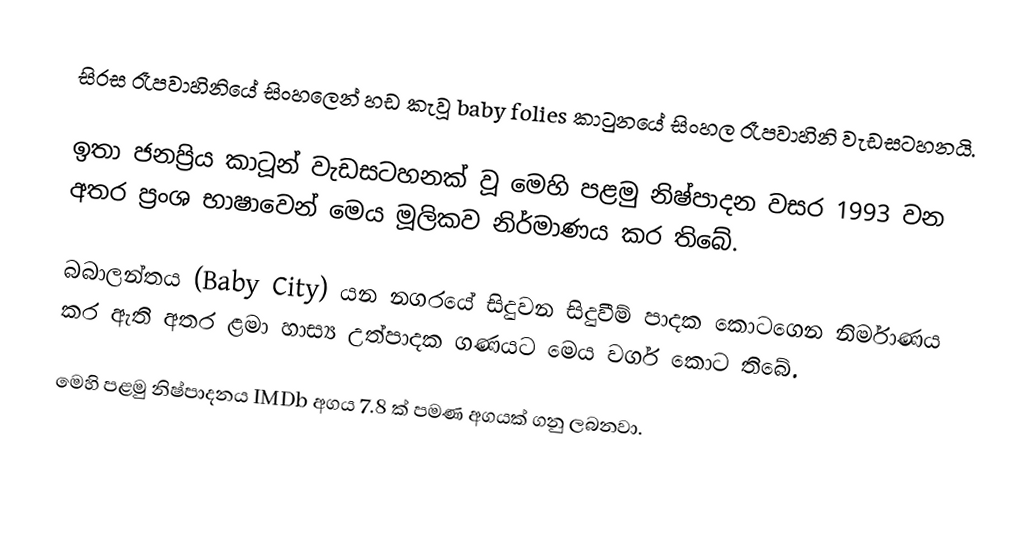
සිරස රෑපවාහිනියේ සිංහලෙන් හඩ කැවූ baby folies කාටුනයේ සිංහල රෑපවාහිනි වැඩසටහනයි.

ඉතා ජනප්‍රිය කාටූන් වැඩසටහනක් වූ මෙහි පළමු නිෂ්පාදන වසර 1993 වන අතර ප්‍රංශ භාෂාවෙන් මෙය මූලිකව නිර්මාණය කර තිබේ.

බබාලන්තය (Baby City) යන නගරයේ සිදුවන සිදුවීම් පාදක කොටගෙන නිර්මාණය කර ඇති අතර ළමා හාස්‍ය උත්පාදක ගණයට මෙය වර්ග කොට තිබේ.

මෙහි පළමු නිෂ්පාදනය IMDb අගය 7.8 ක් පමණ අගයක් ගනු ලබනවා.